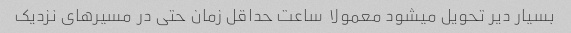
بسیار دیر تحویل میشود معمولا  ساعت حداقل زمان حتی در مسیر‌های نزدیک